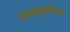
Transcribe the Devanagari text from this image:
नाट्यप्रतिभा